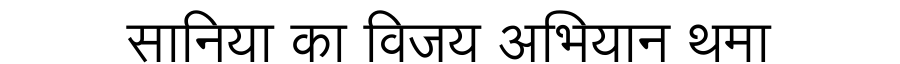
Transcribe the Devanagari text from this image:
सानिया का विजय अभियान थमा